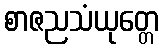
စာဇညသံယုတ္တေ